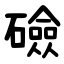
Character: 礆